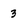
Character: 3